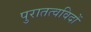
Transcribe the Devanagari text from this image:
पुरातत्‍वविदों